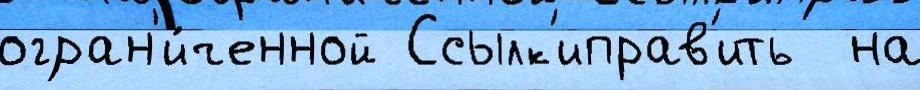
огран'и́ченной Ссылк'иправ'ить  на